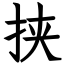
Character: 挟